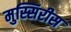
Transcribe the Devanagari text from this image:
मुस्सिरीस